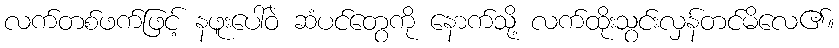
လက်တစ်ဖက်ဖြင့် နဖူးပေါ်ဝဲ ဆံပင်တွေကို နောက်သို့ လက်ထိုးသွင်းလှန်တင်မိလေ၏။